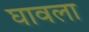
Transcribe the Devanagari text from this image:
घावला